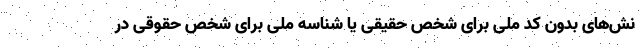
نش‌های بدون کد ملی برای شخص حقیقی یا شناسه ملی برای شخص حقوقی در